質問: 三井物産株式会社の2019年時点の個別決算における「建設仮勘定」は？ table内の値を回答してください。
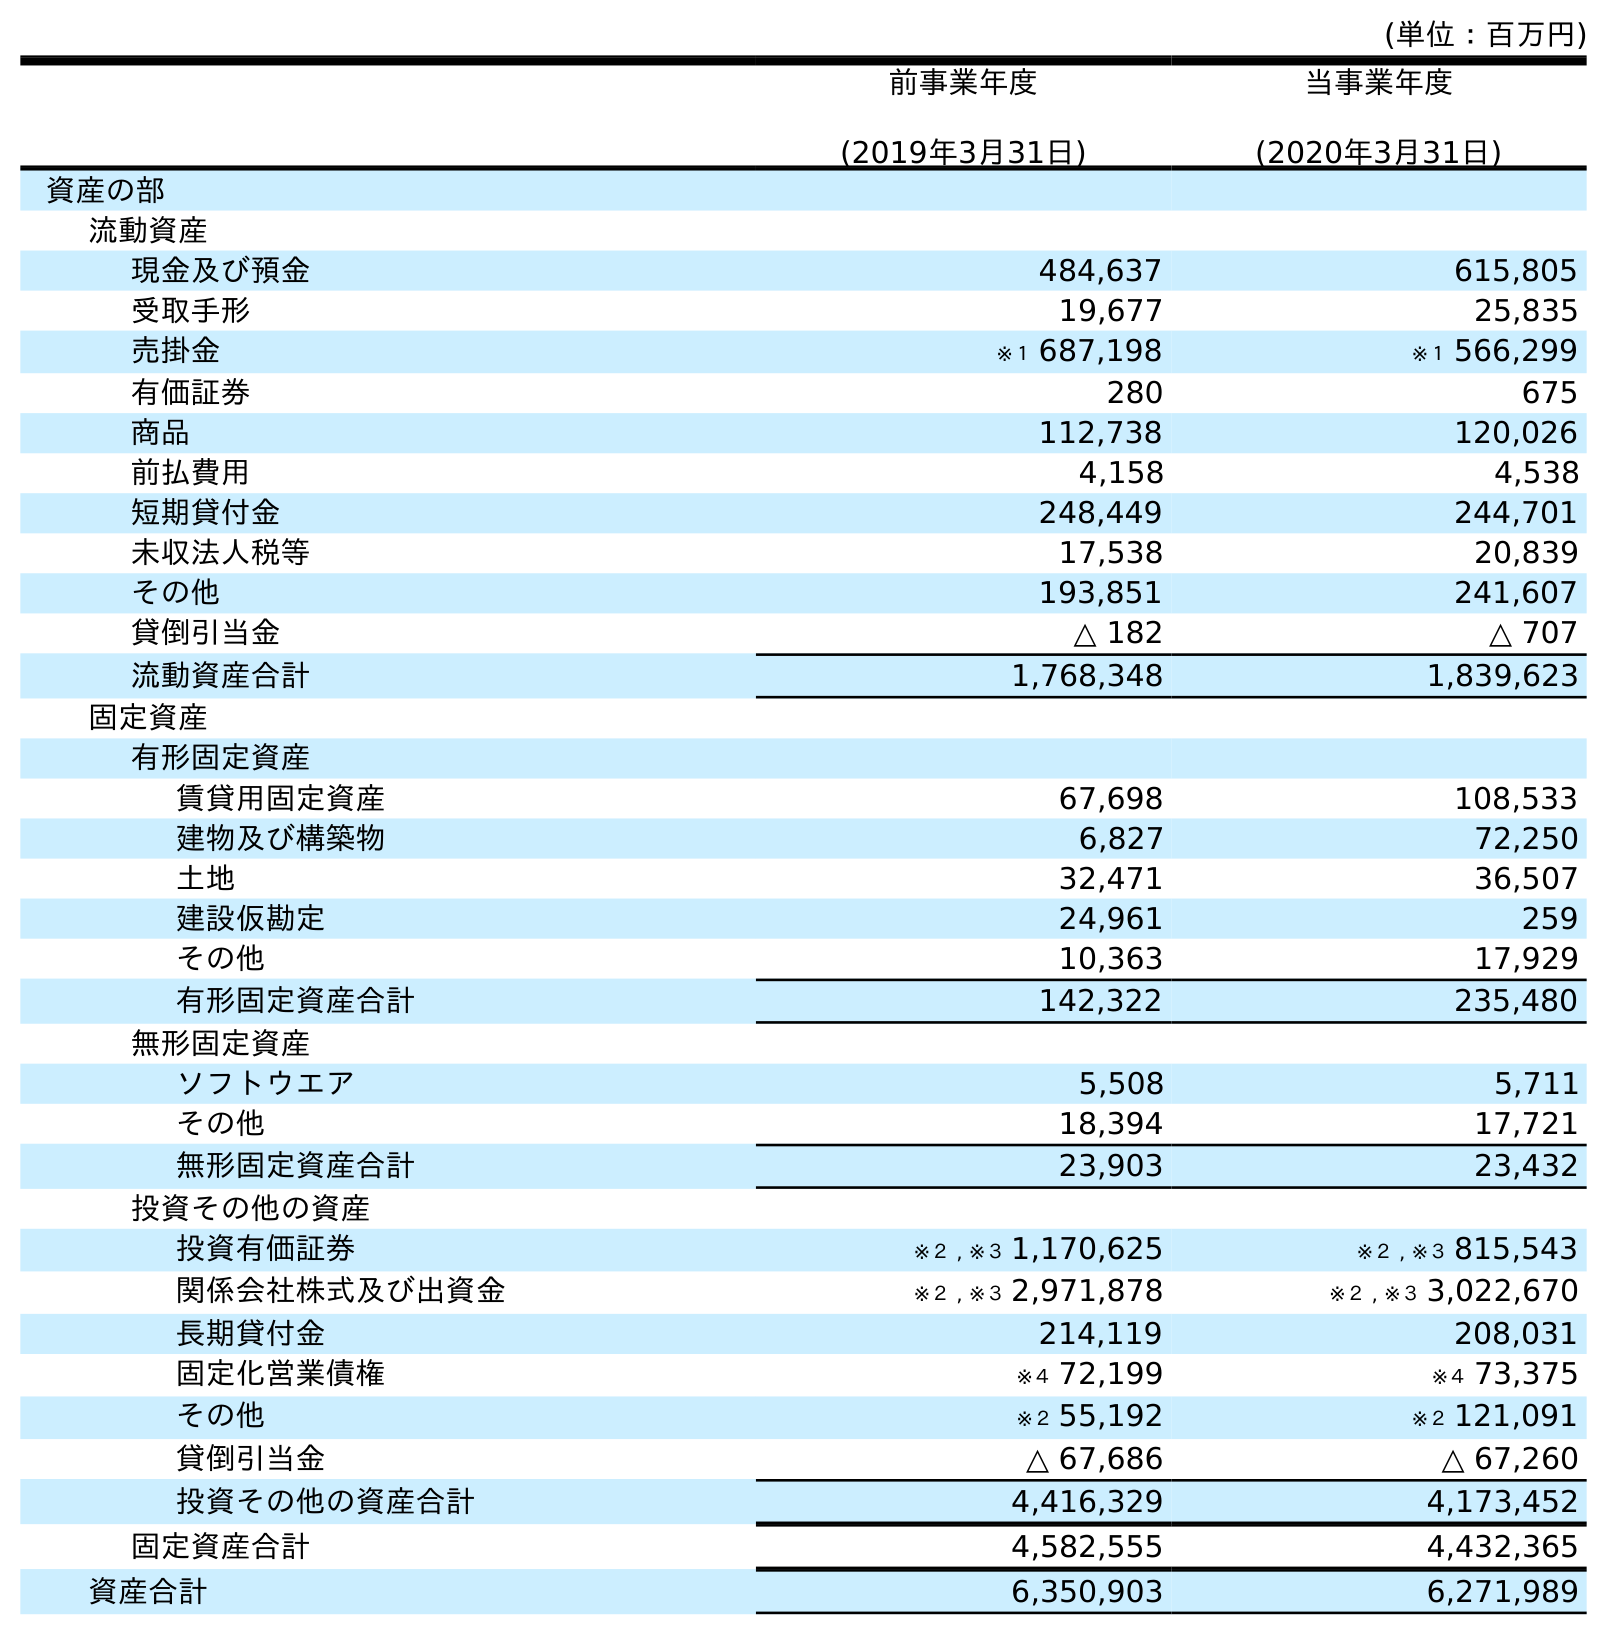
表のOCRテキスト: (単位：百万円) 前事業年度 (2019年3月31日) 当事業年度 (2020年3月31日) 資産の部 流動資産 現金及び預金 484,637 615,805 受取手形 19,677 25,835 売掛金 ※１ 687,198 ※１ 566,299 有価証券 280 675 商品 112,738 120,026 前払費用 4,158 4,538 短期貸付金 248,449 244,701 未収法人税等 17,538 20,839 その他 193,851 241,607 貸倒引当金 △ 182 △ 707 流動資産合計 1,768,348 1,839,623 固定資産 有形固定資産 賃貸用固定資産 67,698 108,533 建物及び構築物 6,827 72,250 土地 32,471 36,507 建設仮勘定 24,961 259 その他 10,363 17,929 有形固定資産合計 142,322 235,480 無形固定資産 ソフトウエア 5,508 5,711 その他 18,394 17,721 無形固定資産合計 23,903 23,432 投資その他の資産 投資有価証券 ※２ , ※３ 1,170,625 ※２ , ※３ 815,543 関係会社株式及び出資金 ※２ , ※３ 2,971,878 ※２ , ※３ 3,022,670 長期貸付金 214,119 208,031 固定化営業債権 ※４ 72,199 ※４ 73,375 その他 ※２ 55,192 ※２ 121,091 貸倒引当金 △ 67,686 △ 67,260 投資その他の資産合計 4,416,329 4,173,452 固定資産合計 4,582,555 4,432,365 資産合計 6,350,903 6,271,989
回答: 24,961